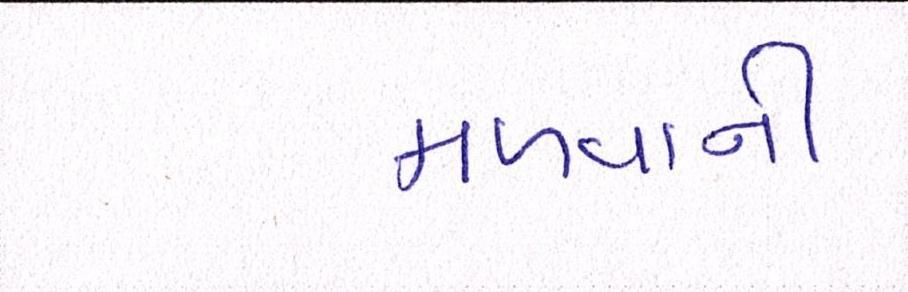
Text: મળવાની